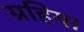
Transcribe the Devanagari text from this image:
ग्रहिया